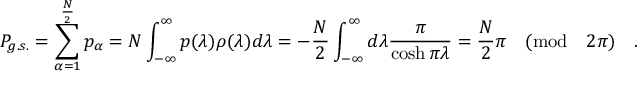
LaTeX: P _ { g . s . } = \sum _ { \alpha = 1 } ^ { \frac { N } { 2 } } p _ { \alpha } = N \int _ { - \infty } ^ { \infty } p ( \lambda ) \rho ( \lambda ) d \lambda = - \frac { N } { 2 } \int _ { - \infty } ^ { \infty } d \lambda \frac { \pi } { \cosh \pi \lambda } = \frac { N } { 2 } \pi \quad ( \mathrm { m o d } \quad 2 \pi ) \quad .